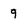
Character: 9